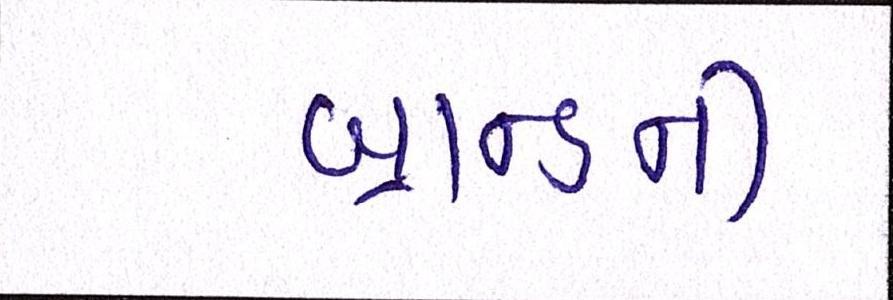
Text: બ્રાન્ડની